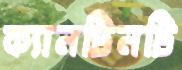
ক্যানটিনটি